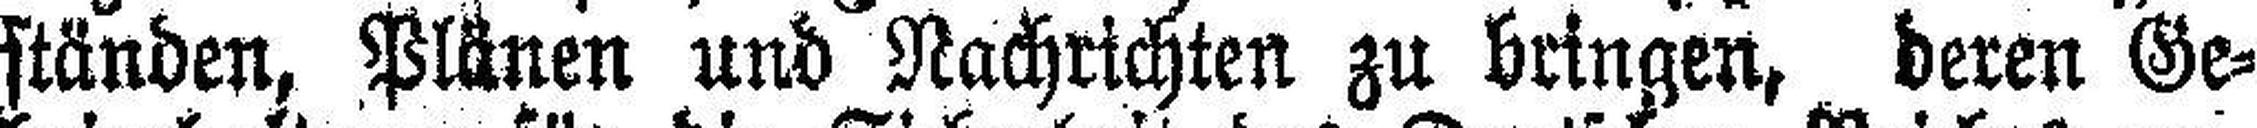
ständen, Plänen und Nachrichten zu bringen, deren Ge¬